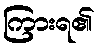
ကြားရ၏